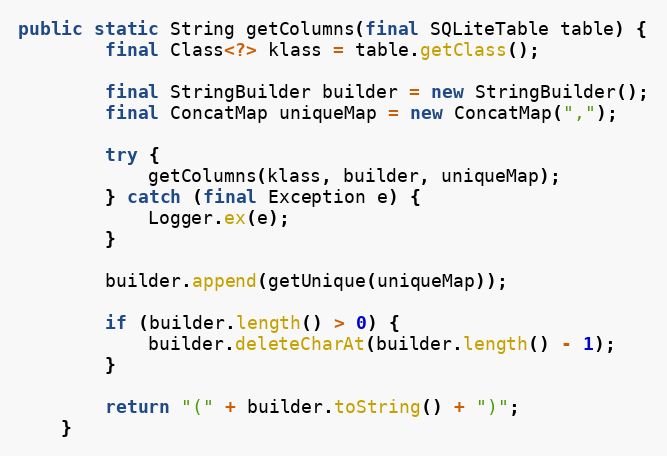
Language: Java
public static String getColumns(final SQLiteTable table) {
		final Class<?> klass = table.getClass();

		final StringBuilder builder = new StringBuilder();
		final ConcatMap uniqueMap = new ConcatMap(",");

		try {
			getColumns(klass, builder, uniqueMap);
		} catch (final Exception e) {
			Logger.ex(e);
		}

		builder.append(getUnique(uniqueMap));

		if (builder.length() > 0) {
			builder.deleteCharAt(builder.length() - 1);
		}

		return "(" + builder.toString() + ")";
	}